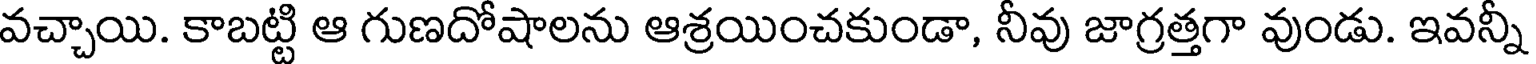
వచ్చాయి. కాబట్టి ఆ గుణదోషాలను ఆశ్రయించకుండా, నీవు జాగ్రత్తగా వుండు. ఇవన్నీ